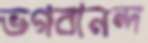
ভগবানন্দ